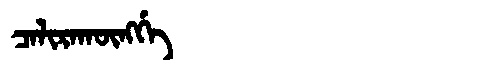
Manchu: ᠴᠠᠯᡳᡵᠠᡴᡡᠩᡤᡝ
Romanization: CALIRAKŪNGGE